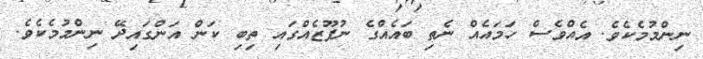
ނިންމުމެކެވެ. އެއްވެސް ހަމައެއް ނެތި ބައެއްގެ ނުފޫޒެއްގައި ތިބި ކަން އަންގައިދޭ ނިންމުމެކެވެ.